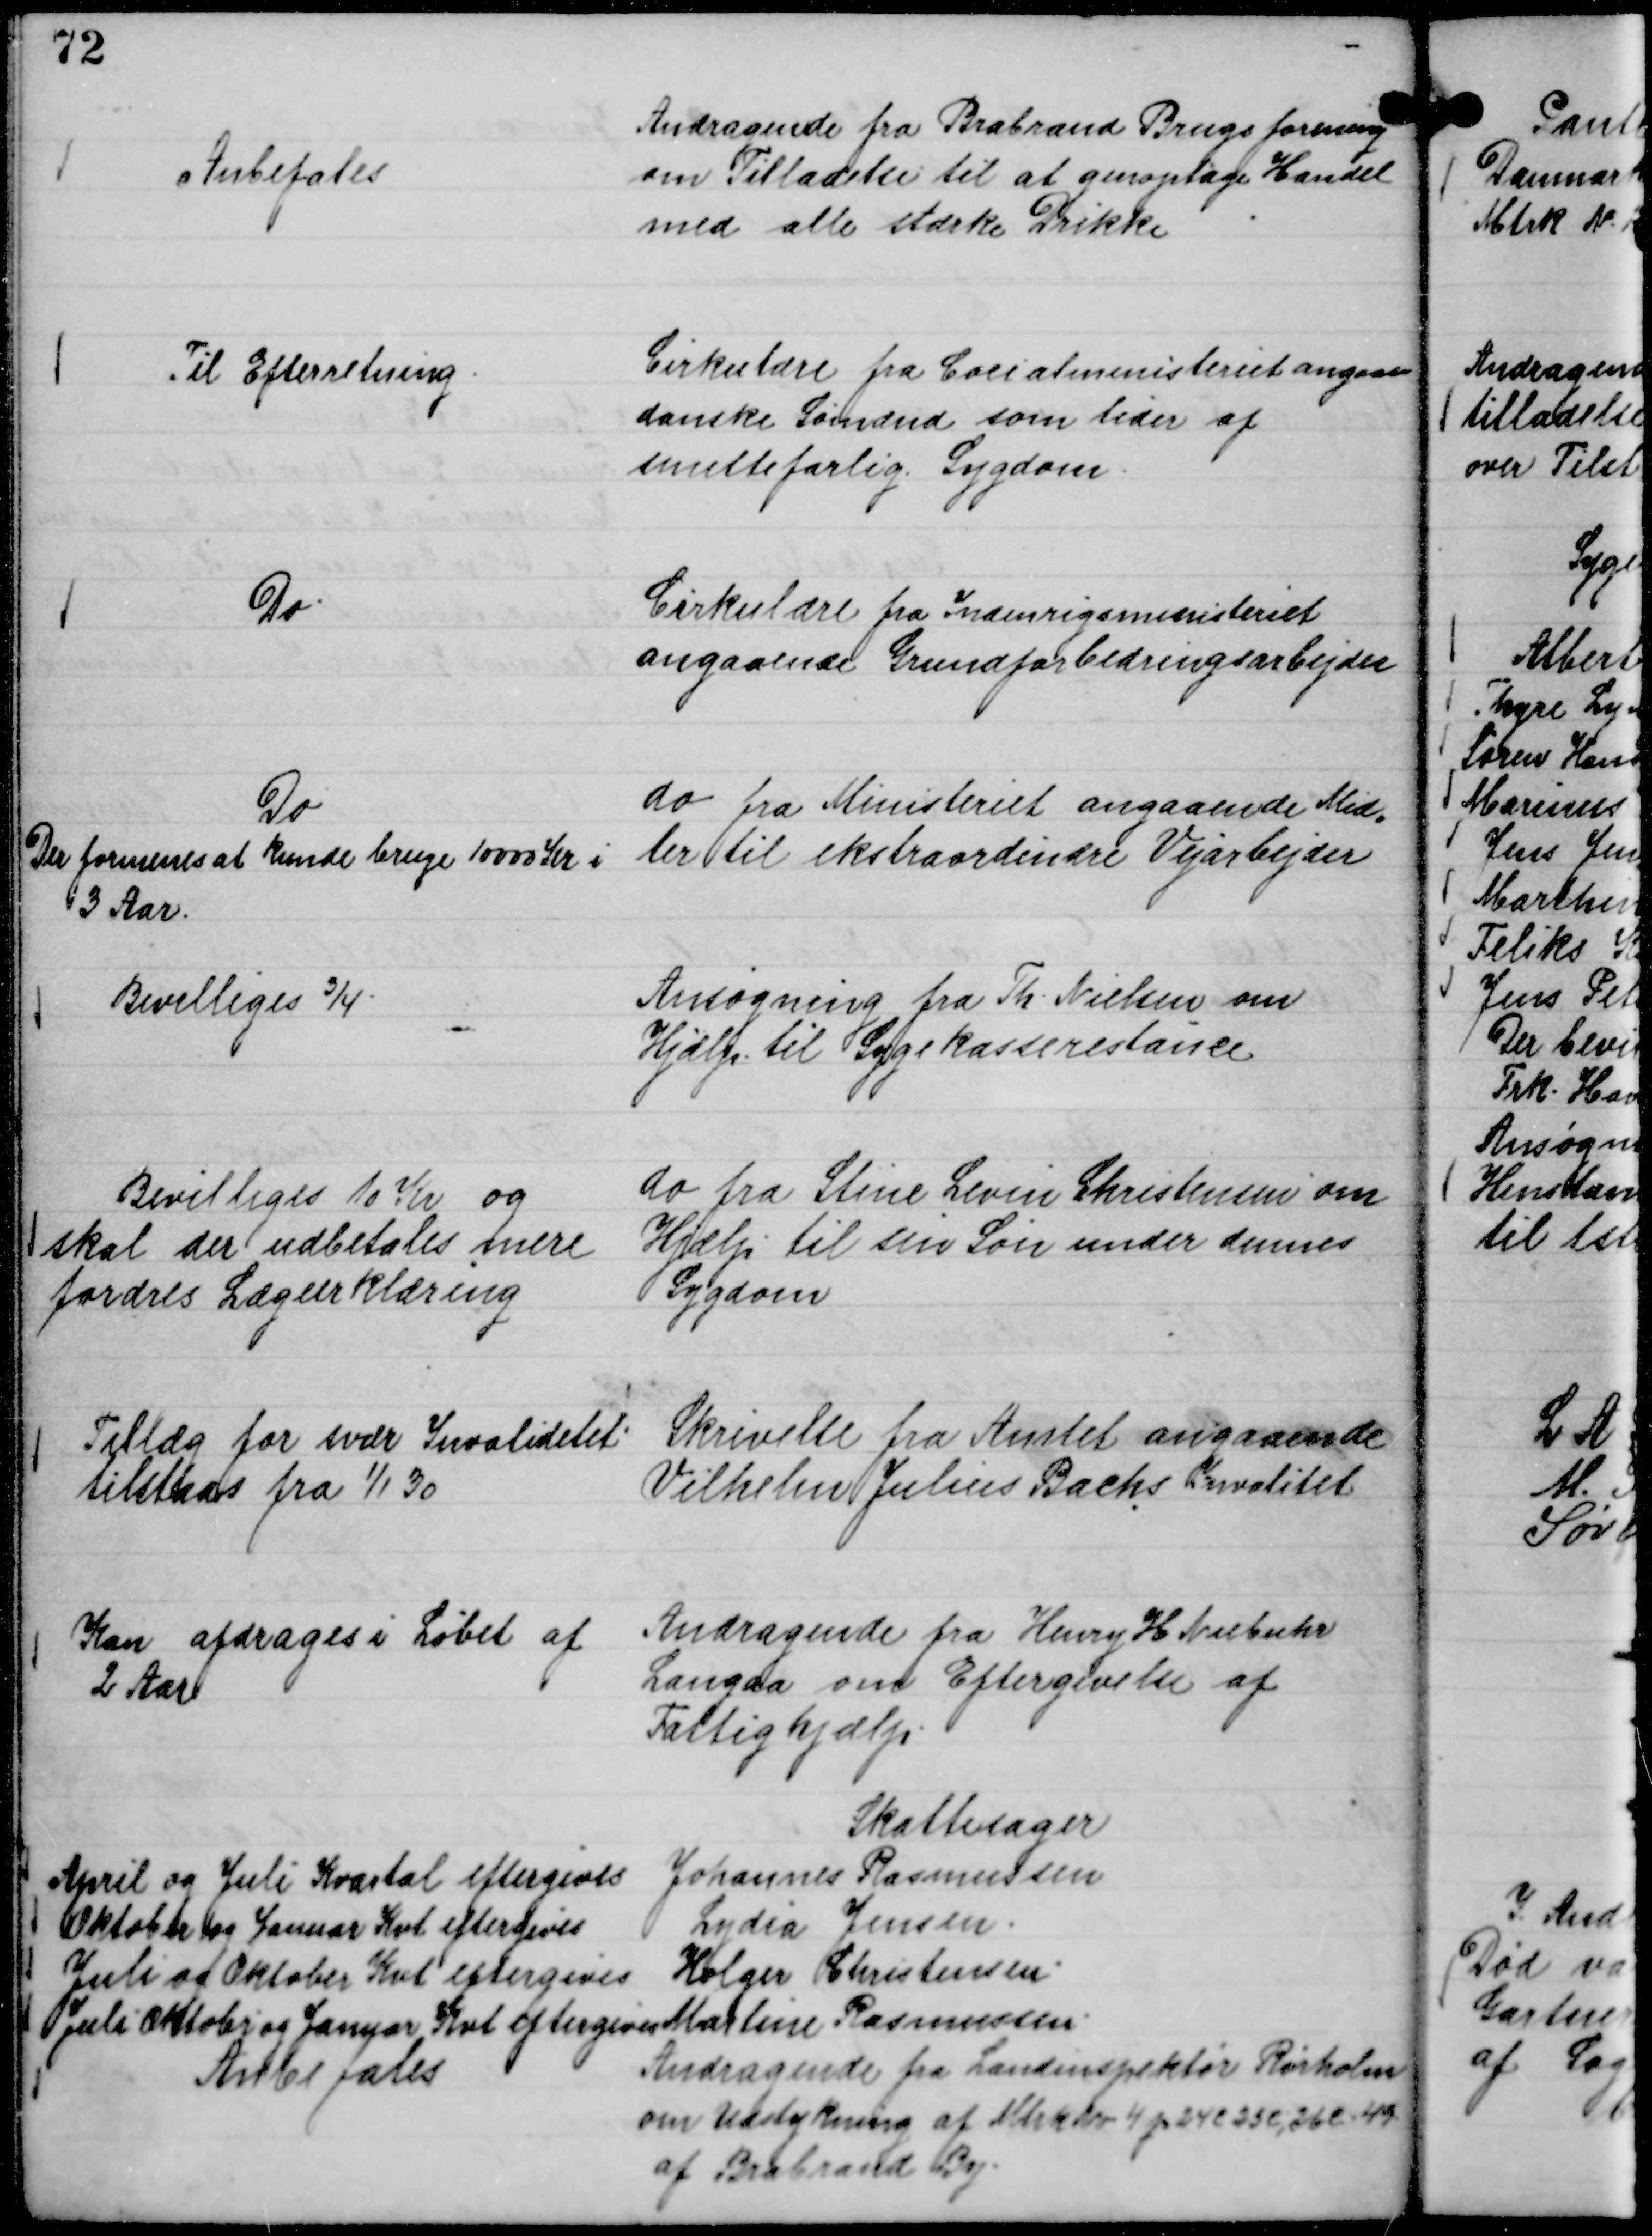
Transskription:
Andragende fra Brabrand Brugsforening
om Tilladelse til at genoptage Handel
med alle stærke Drikke

Anbefales

Cirkulære fra Cocialministeriet angaaen
danske Sømænd som lider af
smittefarlig Sygdom.

Til Efterretning.

Cirkulære fra Indenrigsministeriet
angaaende Grundforbedringsarbejder

Do.

do fra Ministeriet angaaende Mid,,
ler til ekstraordinære Vejarbejder

Do
Der formenes at kunde bruge 10000 Kr i
3 Aar.

Ansøgning fra Th. Nielsen om
Hjælp til Sygekasserestance

Bevilliges ¾.

do fra Stine Levin Christensen om
Hjælp til sin Søn under dennes
Sygdom

Bevilliges 10 Kr og
skal der udbetales mere
fordres Lægeerklæring

Skrivelse fra Amtet angaaende
Vilhelm Julius Bachs Invalitet

Tillæg for svær Invaliditet
tilstaas fra

1/1 30

Andragende fra Henry H Niebuhr
Langaa om Eftergivelse af
Fattighjælp.

Kan afdrages i Løbet af
2 Aar

Skattesager
Johannes Rasmussen
April og Juli Kvartal eftergives
Lydia Jensen.
Oktober og Januar Kvt eftergives
Holger Christensen.
Juli og Oktober Kvt eftergives
Marlene Rasmussen.
Juli Oktober og Januar Kvt eftergives

Andragende fra Landinspektør Rørholm
om Udstykning af Mtrk No 4 p 24 c 25 c, 26 c. 49.
af Brabrand By.

Anbefales